Vaccination in Bombay 1869-1873 - 1869-1873
Year: 1869
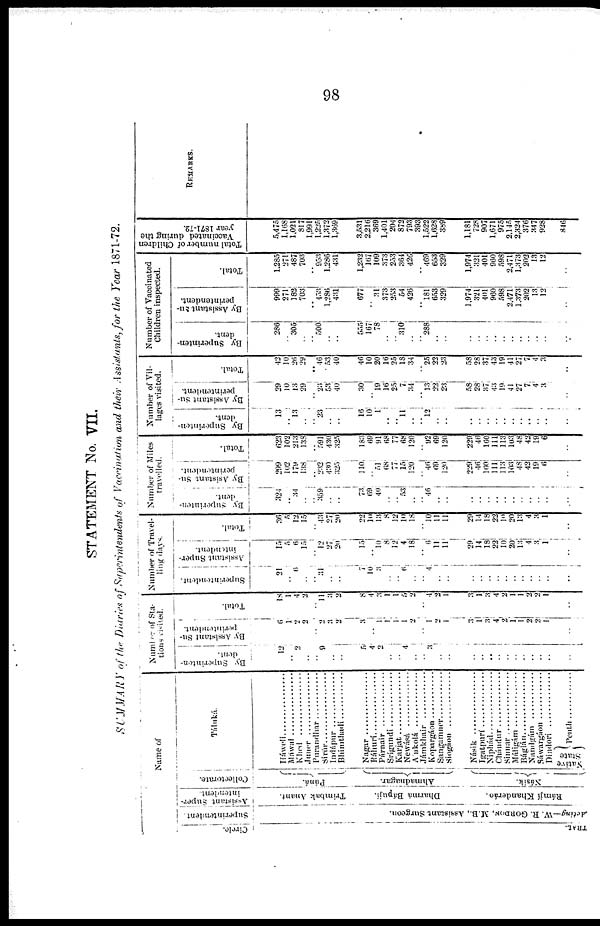
98
STATEMENT No. VII.
SUMMARY of the Diaries of Superintendents of Vaccination and their Assistants, for the Year 1871-72.
Name of
Circle.
TRAL.
Superintendent
Acting—W. R. GORDON, M.B., Assistant Surgeon.
Assistant Super¬
intendent.
Trimbak Anant.
Dharmá Bápují.
Rámjí Khanderáo.
Collectorate.
Púná.
Ahmadnagar.
Násik.
Táluká.
Háweli................
Máwal..............
Khed
................
Juner..............
Purandhar............
Sirúr....................
Indápur............
Bhimthadí............
Nagar..............
Ráhurí..............
Párnair
..............
Srígundí............
Karjat............
Newásá
..................
Ankolá
..............
Jámkhair
................
Kopargáon..............
Sangamner................
Siogáon
..............
Násik
............
Igatpuri................
Niphád..................
Chándur................
Sinnar............
Máligám................
Báglán..................
Nandgám
..............
Sáwargáon............
Dindorí..............
Native
State
Penth..........
Number of Sta-
tions visited.
By Superinten¬
dent.
12
..
2
..
..
9
..
..
5
4
2
..
..
4
..
..
3
..
..
..
..
..
..
..
..
..
..
..
..
..
By Assistant Su¬
perintendent.
6
1
2
2
..
2
3
2
3
..
1
1
1
1
2
..
1
2
1
3
1
3
4 2
1
1
2
2
1
..
Total.
18
1
4
2
..
11
3
2
8
4
3
1
1
5 2
..
4
2
1
3
1
3
4
2
1
1
2
2
1
..
Number of Travel-
ling days.
Superintendent.
21
..
6
..
..
31
..
..
7
10
3
..
..
6
..
..
4
..
..
..
..
..
..
..
..
..
..
..
..
..
Assistant Super-
intendent.
15
5
6
15
..
12
27
20
15
..
10
8
12
4
18
..
6
11
11
29
14
18
22
10
20
13
4
3
1
..
Total.
36
5
12
15
..
43
27
20
22
10
13
8
12
10
18
..
10
11
11
29
14
18
22
10
20
13
4
3
1
..
Number of Miles
travelled.
By Superinten¬
dent.
324
..
34
..
..
359
..
..
73
69
40
..
..
53
..
..
46
..
..
..
..
..
..
..
..
..
..
..
..
..
By Asistant Su¬
perintendent.
299
102
179
138
..
232
430
325
110
..
21
68
77
15
120
..
46
69
120
229
46
160
111
113
103
48
42
19
6
..
Total.
623
102
213
138
..
591
430
325
183
69
91
68
77
68
120
..
92
69
120
229
46
160
111
113
103
48
42
19
6
..
Number of Vil-
lages visited.
By Superinten-
dent.
13
..
13
..
..
23
..
..
16
10
1
..
..
11
..
..
12
..
..
..
..
..
..
..
..
..
..
..
..
..
By Assistant. Su¬
perintendent.
29
10
13
29
..
23
53
40
30
..
19
16
25
7
34
..
13
22
23
58
28
37
43
19
41
27
7
4
3
..
Total.
42
10
26
29
..
46
53
40
46
10
20
16
25
18
34
..
25
22
23
58
28
37
43
19
41
27
7
4
3
..
Number of Vaccinated
Children inspected.
By Superinten¬
dent.
286
..
305
..
..
500
..
..
555
167
78
..
..
310
..
..
288
..
..
..
..
..
..
..
..
..
..
..
..
..
By Assistant Su¬
perintendent.
999
271
182
703
..
453
1,286
431
677
..
31
373
253
54
426
..
181
653
329
1,974
321
401
960
598
2,471
1,373
202
13
12
..
Total.
1,285
271
487
703
..
953
1,286
431
1,232
167
109
373
253
364
426
..
469
653
329
1,974
321
401
960
598
2,471
1,373
202
13
12
..
Total number of Children
Vaccinated during the
year 1871-72.
5,475
1,168
1,021
817
1,991
1,225
1,372
1,369
3,531
2,216
369
1,401
204
872
793
393
1,522
1,628
389
1,181
728
907
1,671
975
2,145
2,324
376
347
928
846
REMARKS.